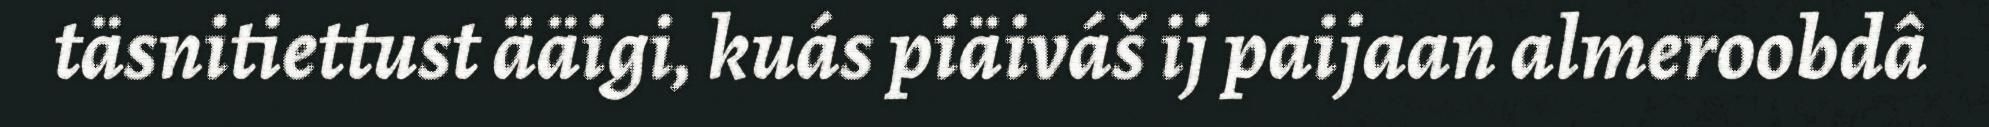
täsnitiettust ääigi, kuás piäiváš ij paijaan almeroobdâ